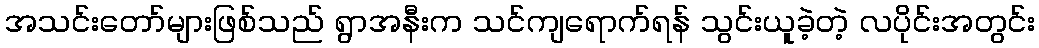
အသင်းတော်များဖြစ်သည် ရွာအနီးက သင်ကျရောက်ရန် သွင်းယူခဲ့တဲ့ လပိုင်းအတွင်း